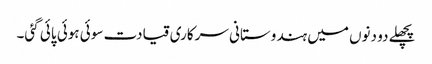
پچھلے دو دنوں میں ہندوستانی سرکاری قیادت سوئی ہوئی پائی گئی۔